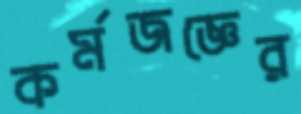
কর্মজজ্ঞের